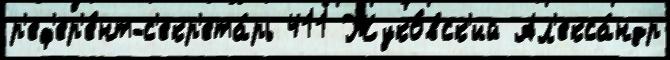
р'еф'ер'е́нт-с'екр'ета́рь 411 Жуко́вск'ий Ал'екса́ндр